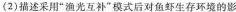
(2)描述采用”渔光互补”模式后对鱼虾生存环境的影